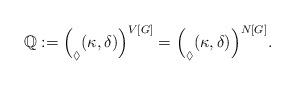
LaTeX: \begin{align*}\mathbb{Q}:=\Big(_\Diamond(\kappa, \delta)\Big)^{V[G]} = \Big(_\Diamond(\kappa, \delta)\Big)^{N[G]}.\end{align*}